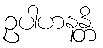
ဥပါဟနန္တိ